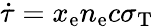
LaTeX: \dot{\tau}=x_{\mathrm{e}}n_{\mathrm{e}}c\sigma_{\mathrm{T}}